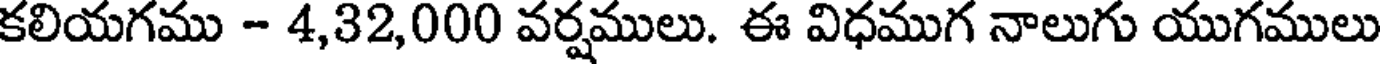
కలియగము - 4,32,000 వర్షములు. ఈ విధముగ నాలుగు యుగములు